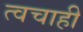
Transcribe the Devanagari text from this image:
त्वचाही